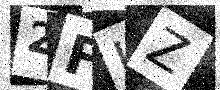
Text: 2FIZ